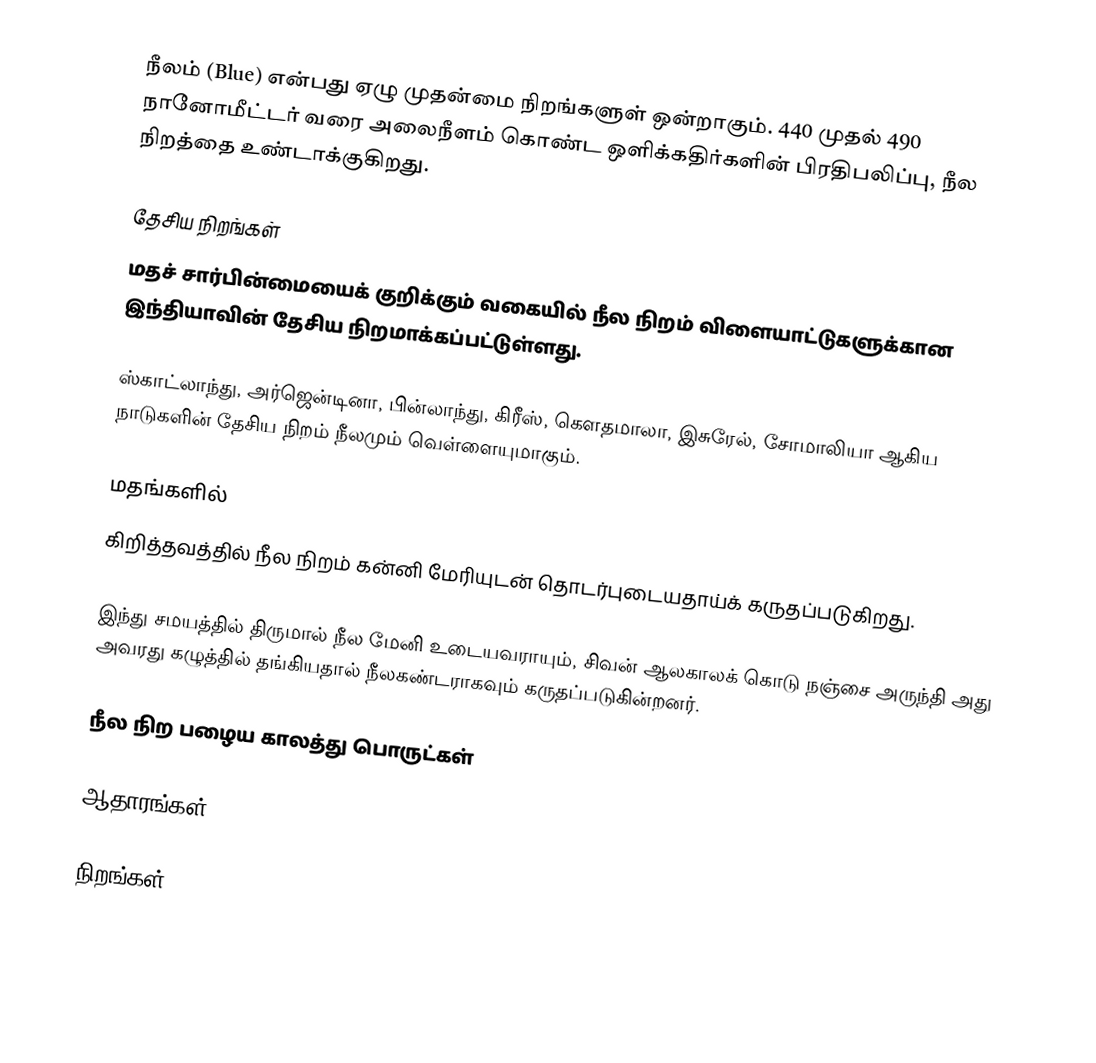
நீலம் (Blue) என்பது ஏழு முதன்மை நிறங்களுள் ஒன்றாகும். 440 முதல் 490 நானோமீட்டர் வரை அலைநீளம் கொண்ட ஒளிக்கதிர்களின் பிரதிபலிப்பு, நீல நிறத்தை உண்டாக்குகிறது.

தேசிய நிறங்கள்
மதச் சார்பின்மையைக் குறிக்கும் வகையில் நீல நிறம் விளையாட்டுகளுக்கான இந்தியாவின் தேசிய நிறமாக்கப்பட்டுள்ளது.

ஸ்காட்லாந்து, அர்ஜென்டினா, பின்லாந்து, கிரீஸ், கௌதமாலா, இசுரேல், சோமாலியா ஆகிய நாடுகளின் தேசிய நிறம் நீலமும் வெள்ளையுமாகும்.

மதங்களில்
கிறித்தவத்தில் நீல நிறம் கன்னி மேரியுடன் தொடர்புடையதாய்க் கருதப்படுகிறது.

இந்து சமயத்தில் திருமால் நீல மேனி உடையவராயும், சிவன் ஆலகாலக் கொடு நஞ்சை அருந்தி அது அவரது கழுத்தில் தங்கியதால் நீலகண்டராகவும் கருதப்படுகின்றனர்.

நீல நிற பழைய காலத்து பொருட்கள்

ஆதாரங்கள்

நிறங்கள்